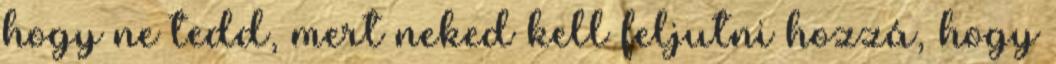
hogy ne tedd, mert neked kell feljutni hozzá, hogy